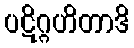
ပဋိဂ္ဂဟိတာဒိ